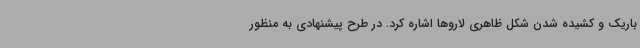
باریک و کشیده شدن شکل ظاهری لاروها اشاره کرد. در طرح پیشنهادی به منظور